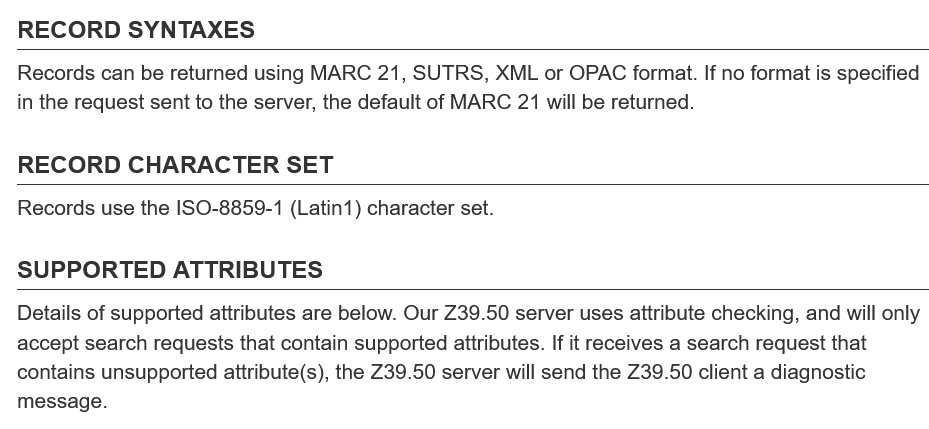
RECORD    SYNTAXES
  RECORD    CHARACTER    SET
  SUPPORTED    ATTRIBUTES
  Records can be returned using MARC 21, SUTRS, XML or OPAC format. If no format is specified
  in the request sent to the server, the default of MARC 21 will be returned.
  Records use the ISO-8859-1 (Latin1) character set.
  Details of supported attributes are below. Our Z39.50 server uses attribute checking, and will only
  accept search requests that contain supported attributes. If it receives a search request that
  contains unsupported attribute(s), the Z39.50 server will send the Z39.50 client a diagnostic
  message.